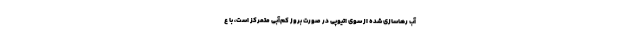
آب رهاسازی شده از سوی اتیوپی در صورت بروز کم‌آبی متمرکز است، با ع